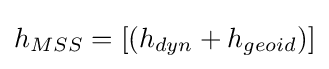
h_{MSS}=[(h_{dyn}+h_{geoid})]